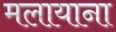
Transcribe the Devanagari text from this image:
मलायाना